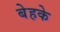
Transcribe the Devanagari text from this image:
बेहके